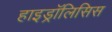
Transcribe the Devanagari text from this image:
हाइड्रॉलिसिस